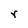
Character: r